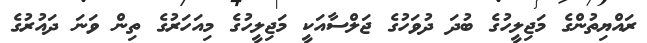
ރައްޔިތުންގެ މަޖިލީހުގެ ބުދަ ދުވަހުގެ ޖަލްސާއަކީ މަޖިލީހުގެ މިއަހަރުގެ ތިން ވަނަ ދައުރުގެ